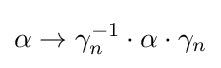
\alpha \to \gamma _{n}^{-1}\cdot \alpha \cdot \gamma _{n}